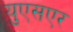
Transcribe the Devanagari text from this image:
युएसएर